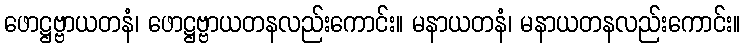
ဖောဋ္ဌဗ္ဗာယတနံ၊ ဖောဋ္ဌဗ္ဗာယတနလည်းကောင်း။ မနာယတနံ၊ မနာယတနလည်းကောင်း။